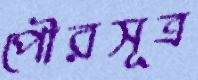
পৌরসূত্র